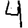
Digit: 4